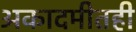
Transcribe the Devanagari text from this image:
अकादमीतही